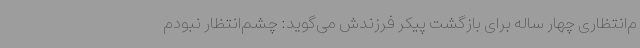
م‌انتظاری چهار ساله برای بازگشت پیکر فرزندش می‌گوید: چشم‌انتظار نبودم